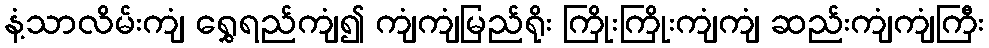
နံ့သာလိမ်းကျံ ရွှေရည်ကျံ၍ ကျံကျံမြည်ရိုး ကြိုးကြိုးကျံကျံ ဆည်းကျံကျံကြီး